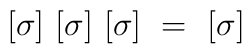
[\sigma]~[\sigma]~[\sigma]~=~[\sigma]